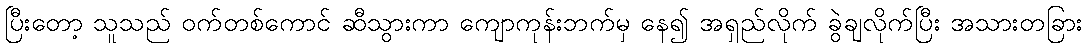
ပြီးတော့ သူသည် ဝက်တစ်ကောင် ဆီသွားကာ ကျောကုန်းဘက်မှ နေ၍ အရှည်လိုက် ခွဲချလိုက်ပြီး အသားတခြား